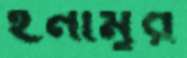
ইনামুর